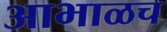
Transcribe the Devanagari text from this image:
आभाळच